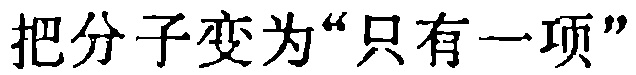
把分子变为“只有一项”